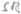
Text: SR